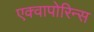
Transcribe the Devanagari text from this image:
एक्वापोरिन्स